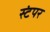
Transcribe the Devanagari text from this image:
स्टंपर